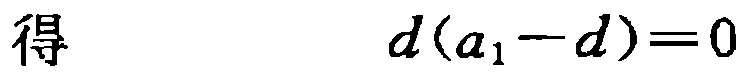
得\(d(a_1 - d)=0\)